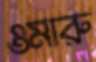
ওমারু